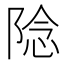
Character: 䧔